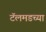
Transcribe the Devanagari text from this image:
टॅलमडच्या